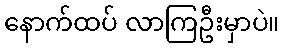
နောက်ထပ် လာကြဦးမှာပဲ။